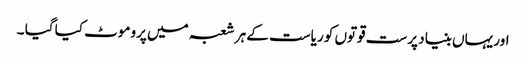
اور یہاں بنیاد پرست قوتوں کو ریاست کے ہر شعبہ میں پروموٹ کیا گیا ۔